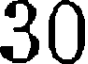
30